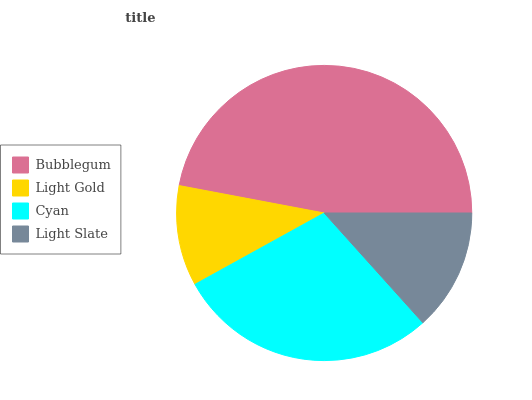
| Bubblegum | Light Gold | Cyan | Light Slate |
 | --- | --- | --- | --- |
 | 47.1% | 11% | 28.6% | 13.3% |